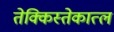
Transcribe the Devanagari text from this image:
तेक्किस्तेकात्ल